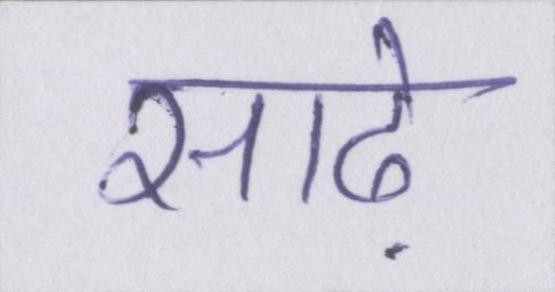
साढ़े